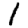
Digit: 1